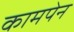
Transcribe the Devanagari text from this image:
कामपेन